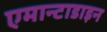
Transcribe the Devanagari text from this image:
एमान्टाडाइन